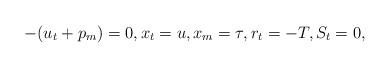
LaTeX: \begin{align*}-(u_t+p_m)=0,x_t=u,x_m=\tau,r_t=-T, S_t=0, \end{align*}